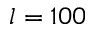
l = 1 0 0